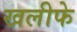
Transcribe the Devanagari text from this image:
खलीफे